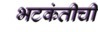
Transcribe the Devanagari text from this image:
भटकंतीची